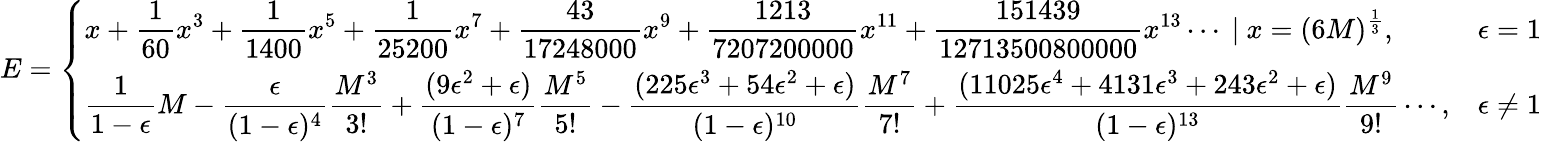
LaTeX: E={\left\{ \begin{array}{ll}{\displaystyle x+{\frac{1}{60}}x^{3}+{\frac{1}{1400}}x^{5}+{\frac{1}{25200}}x^{7}+{\frac{43}{17248000}}x^{9}+{\frac{1213}{7207200000}}x^{11}+{\frac{151439}{12713500800000}}x^{13}\cdots\ |\ x=(6M)^{\frac{1}{3}},}&{\epsilon=1}\\ {\displaystyle{\frac{1}{1-\epsilon}}M-{\frac{\epsilon}{(1-\epsilon)^{4}}}{\frac{M^{3}}{3!}}+{\frac{(9\epsilon^{2}+\epsilon)}{(1-\epsilon)^{7}}}{\frac{M^{5}}{5!}}-{\frac{(225\epsilon^{3}+54\epsilon^{2}+\epsilon)}{(1-\epsilon)^{10}}}{\frac{M^{7}}{7!}}+{\frac{(11025\epsilon^{4}+4131\epsilon^{3}+243\epsilon^{2}+\epsilon)}{(1-\epsilon)^{13}}}{\frac{M^{9}}{9!}}\cdots,}&{\epsilon\neq 1}\end{array}\right.}